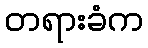
တရားခံက